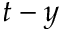
t - y